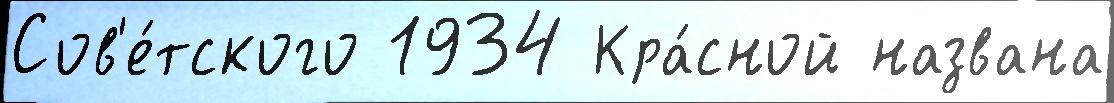
Сов'е́тского 1934 Кра́сной названа